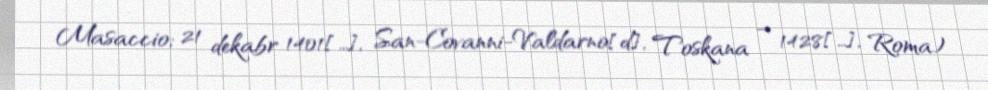
Masaccio; 21 dekabr 1401[…], San-Covanni-Valdarno[d], Toskana – 1428[…], Roma)